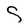
Character: S